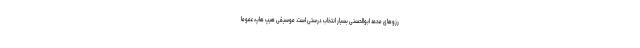
رزوهای محمد ابوالحسنی بسیار انتخاب درستی است. موسیقی هیپ هاپ، عموماً